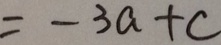
= - 3 a + c